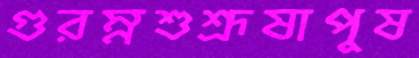
গুরম্নশুশ্রূষাপুষ